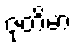
ဇုတိမာ